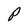
Character: P